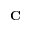
\mathbf { C }